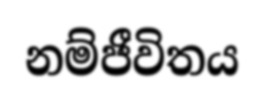
නම්ජීවිතය